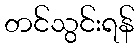
တင်သွင်းရန်